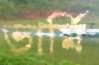
ভার্মি